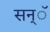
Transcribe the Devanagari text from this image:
सन्ॅ